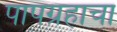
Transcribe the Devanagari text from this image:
पापग्रहाचा